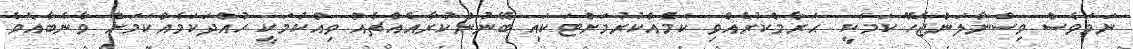
ނަމަވެސް ވިސްނާލަންޖެހޭ ކަމަކީ  ޙަރާމްކުރެއްވި ކަމެއްކުރުމަށްޓަކައި ބޭނުންކުރާއެއްޗެއް ވިއްކުމަކީ ހުއްދަކަމެއްކަމަށް ވާނެބާއެވެ